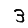
Digit: 3